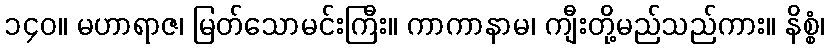
၁၄၀။ မဟာရာဇ၊ မြတ်သောမင်းကြီး။ ကာကာနာမ၊ ကျီးတို့မည်သည်ကား။ နိစ္စံ၊